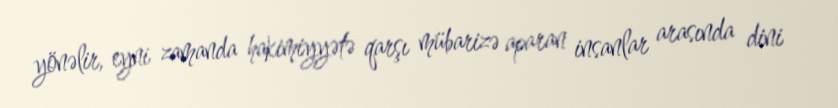
yönəlir, eyni zamanda hakimiyyətə qarşı mübarizə aparan insanlar arasında dini